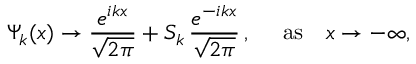
\Psi _ { k } ( x ) \rightarrow \frac { e ^ { i k x } } { \sqrt { 2 \pi } } + S _ { k } \, \frac { e ^ { - i k x } } { \sqrt { 2 \pi } } \, , ~ ~ ~ ~ \mathrm { a s } ~ ~ ~ x \rightarrow - \infty ,